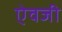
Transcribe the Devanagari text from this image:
एेवजी